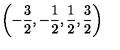
\left( - \displaystyle \frac { 3 } { 2 } , - \displaystyle \frac { 1 } { 2 } , \displaystyle \frac { 1 } { 2 } , \displaystyle \frac { 3 } { 2 } \right)